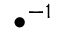
\bullet ^ { - 1 }